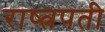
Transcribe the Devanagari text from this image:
राष्त्रपती